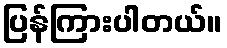
ပြန်ကြားပါတယ်။